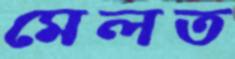
মেলত